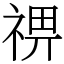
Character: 𥚈